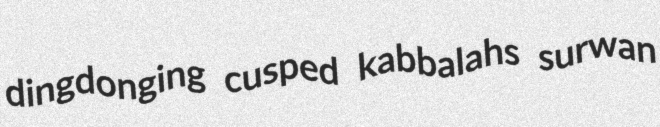
dingdonging cusped kabbalahs surwan